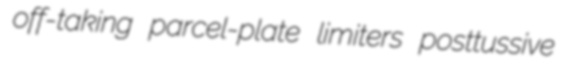
off-taking parcel-plate limiters posttussive